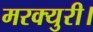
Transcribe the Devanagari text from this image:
मरक्युरी।